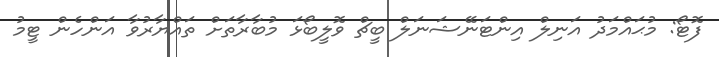
ފޮޓޯ: މުޙައްމަދު އަނިލް އިންޓަނޭޝަނަލް ބީޗް ވޮލީބޯޅަ މުބާރާތަށް ތައްޔާރުވާ އަންހެން ޓީމު